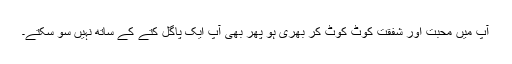
آپ میں محبت اور شفقت کوٹ کوٹ کر بھری ہو پھر بھی آپ ایک پاگل کتے کے ساتھ نہیں سو سکتے۔